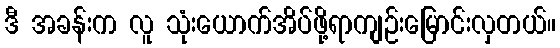
ဒီ အခန်းက လူ သုံးယောက်အိပ်ဖို့ရာကျဉ်းမြောင်းလှတယ်။